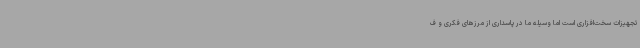
تجهیزات سخت‌افزاری است اما وسیله ما در پاسداری از مرزهای فکری و ف